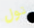
تول